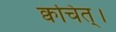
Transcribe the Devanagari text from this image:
क्वचित्‌।